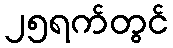
၂၅ရက်တွင်